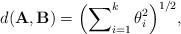
LaTeX: \begin{align*}d(\mathbf{A},\mathbf{B}) = \Bigl(\sum\nolimits_{i=1}^k \theta_i^2\Bigr)^{1/2},\end{align*}